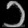
Digit: ၁